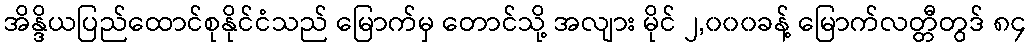
အိန္ဒိယပြည်ထောင်စုနိုင်ငံသည် မြောက်မှ တောင်သို့ အလျား မိုင် ၂,၀၀၀ခန့် မြောက်လတ္တီတွဒ် ၈၄